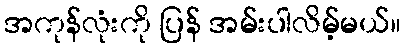
အကုန်လုံးကို ပြန် အမ်းပါလိမ့်မယ်။